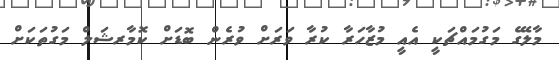
މާލޭގެ މަގުމައްޗަކީ އެއީ މުޒާހަރާ ކުރާ ވަރަށް ވުރެން ބޮޑަށް ކޮމާރޝަލް މަގުތަކަށް